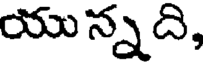
యు న్నది,